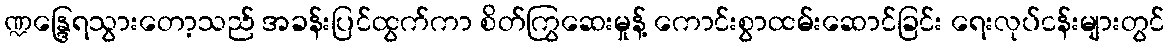
ဏ္ဍန္ဒြေရသွားတော့သည် အခန်းပြင်ထွက်ကာ စိတ်ကြွဆေးမှုန့် ကောင်းစွာထမ်းဆောင်ခြင်း ရေးလုပ်ငန်းများတွင်